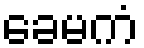
ခေမကံ